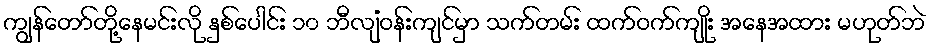
ကျွန်တော်တို့နေမင်းလို နှစ်ပေါင်း ၁၀ ဘီလျံဝန်းကျင်မှာ သက်တမ်း ထက်ဝက်ကျိုး အနေအထား မဟုတ်ဘဲ